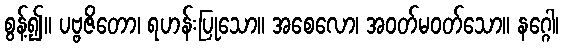
စွန့်၍။ ပဗ္ဗဇိတော၊ ရဟန်းပြုသော။ အစေလော၊ အဝတ်မဝတ်သော။ နဂ္ဂေါ၊